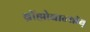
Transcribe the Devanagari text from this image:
ब्रॉह्मोबान्धॉब्